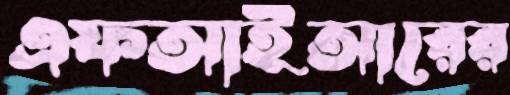
এফআইআরের